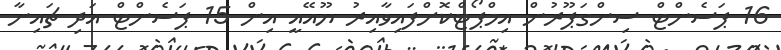
16 ޕަސެންޓް ސިންގަޕޫރުން އިމްޕޯޓްކޮށްފައިވާއިރު ޔޫއޭއީ އިން 15 ޕަސެންޓް އަދި ޗައިނާ